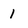
Character: 1